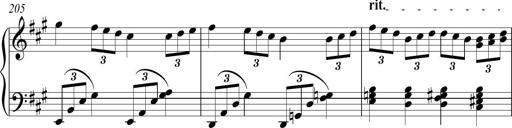
Title: Piano Sonatina in A major
Composer: Z Q Sysmoebius
Key: A major